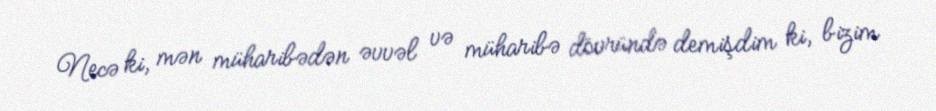
Necə ki, mən müharibədən əvvəl və müharibə dövründə demişdim ki, bizim